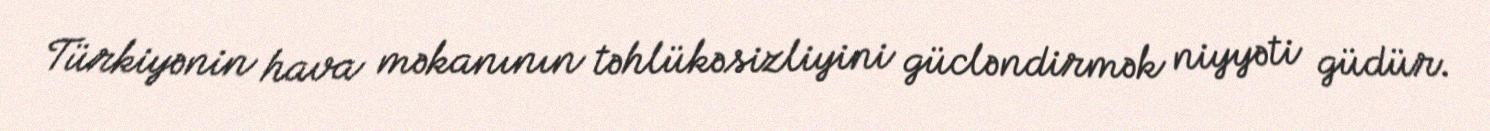
Türkiyənin hava məkanının təhlükəsizliyini gücləndirmək niyyəti güdür.